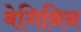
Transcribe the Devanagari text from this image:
बेगिनिन